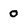
Character: 0